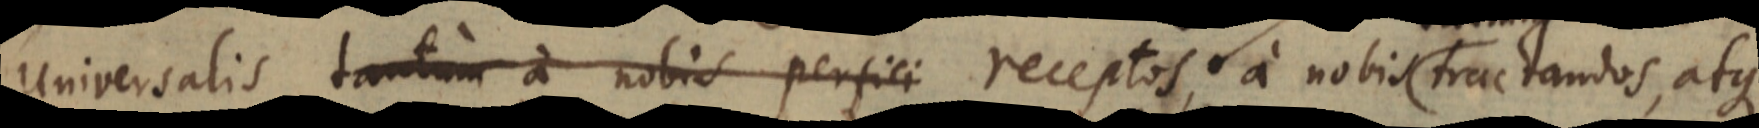
Universalis tantum a nobis perfici receptos, a nobis tractandos, atque